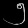
Digit: ၅